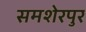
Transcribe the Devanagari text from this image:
समशेरपुर